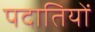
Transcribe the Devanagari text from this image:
पदातियों